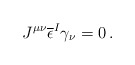
\begin{align*}J^{\mu\nu}\overline{\epsilon}^{I}\gamma_{\nu}=0\, .\end{align*}